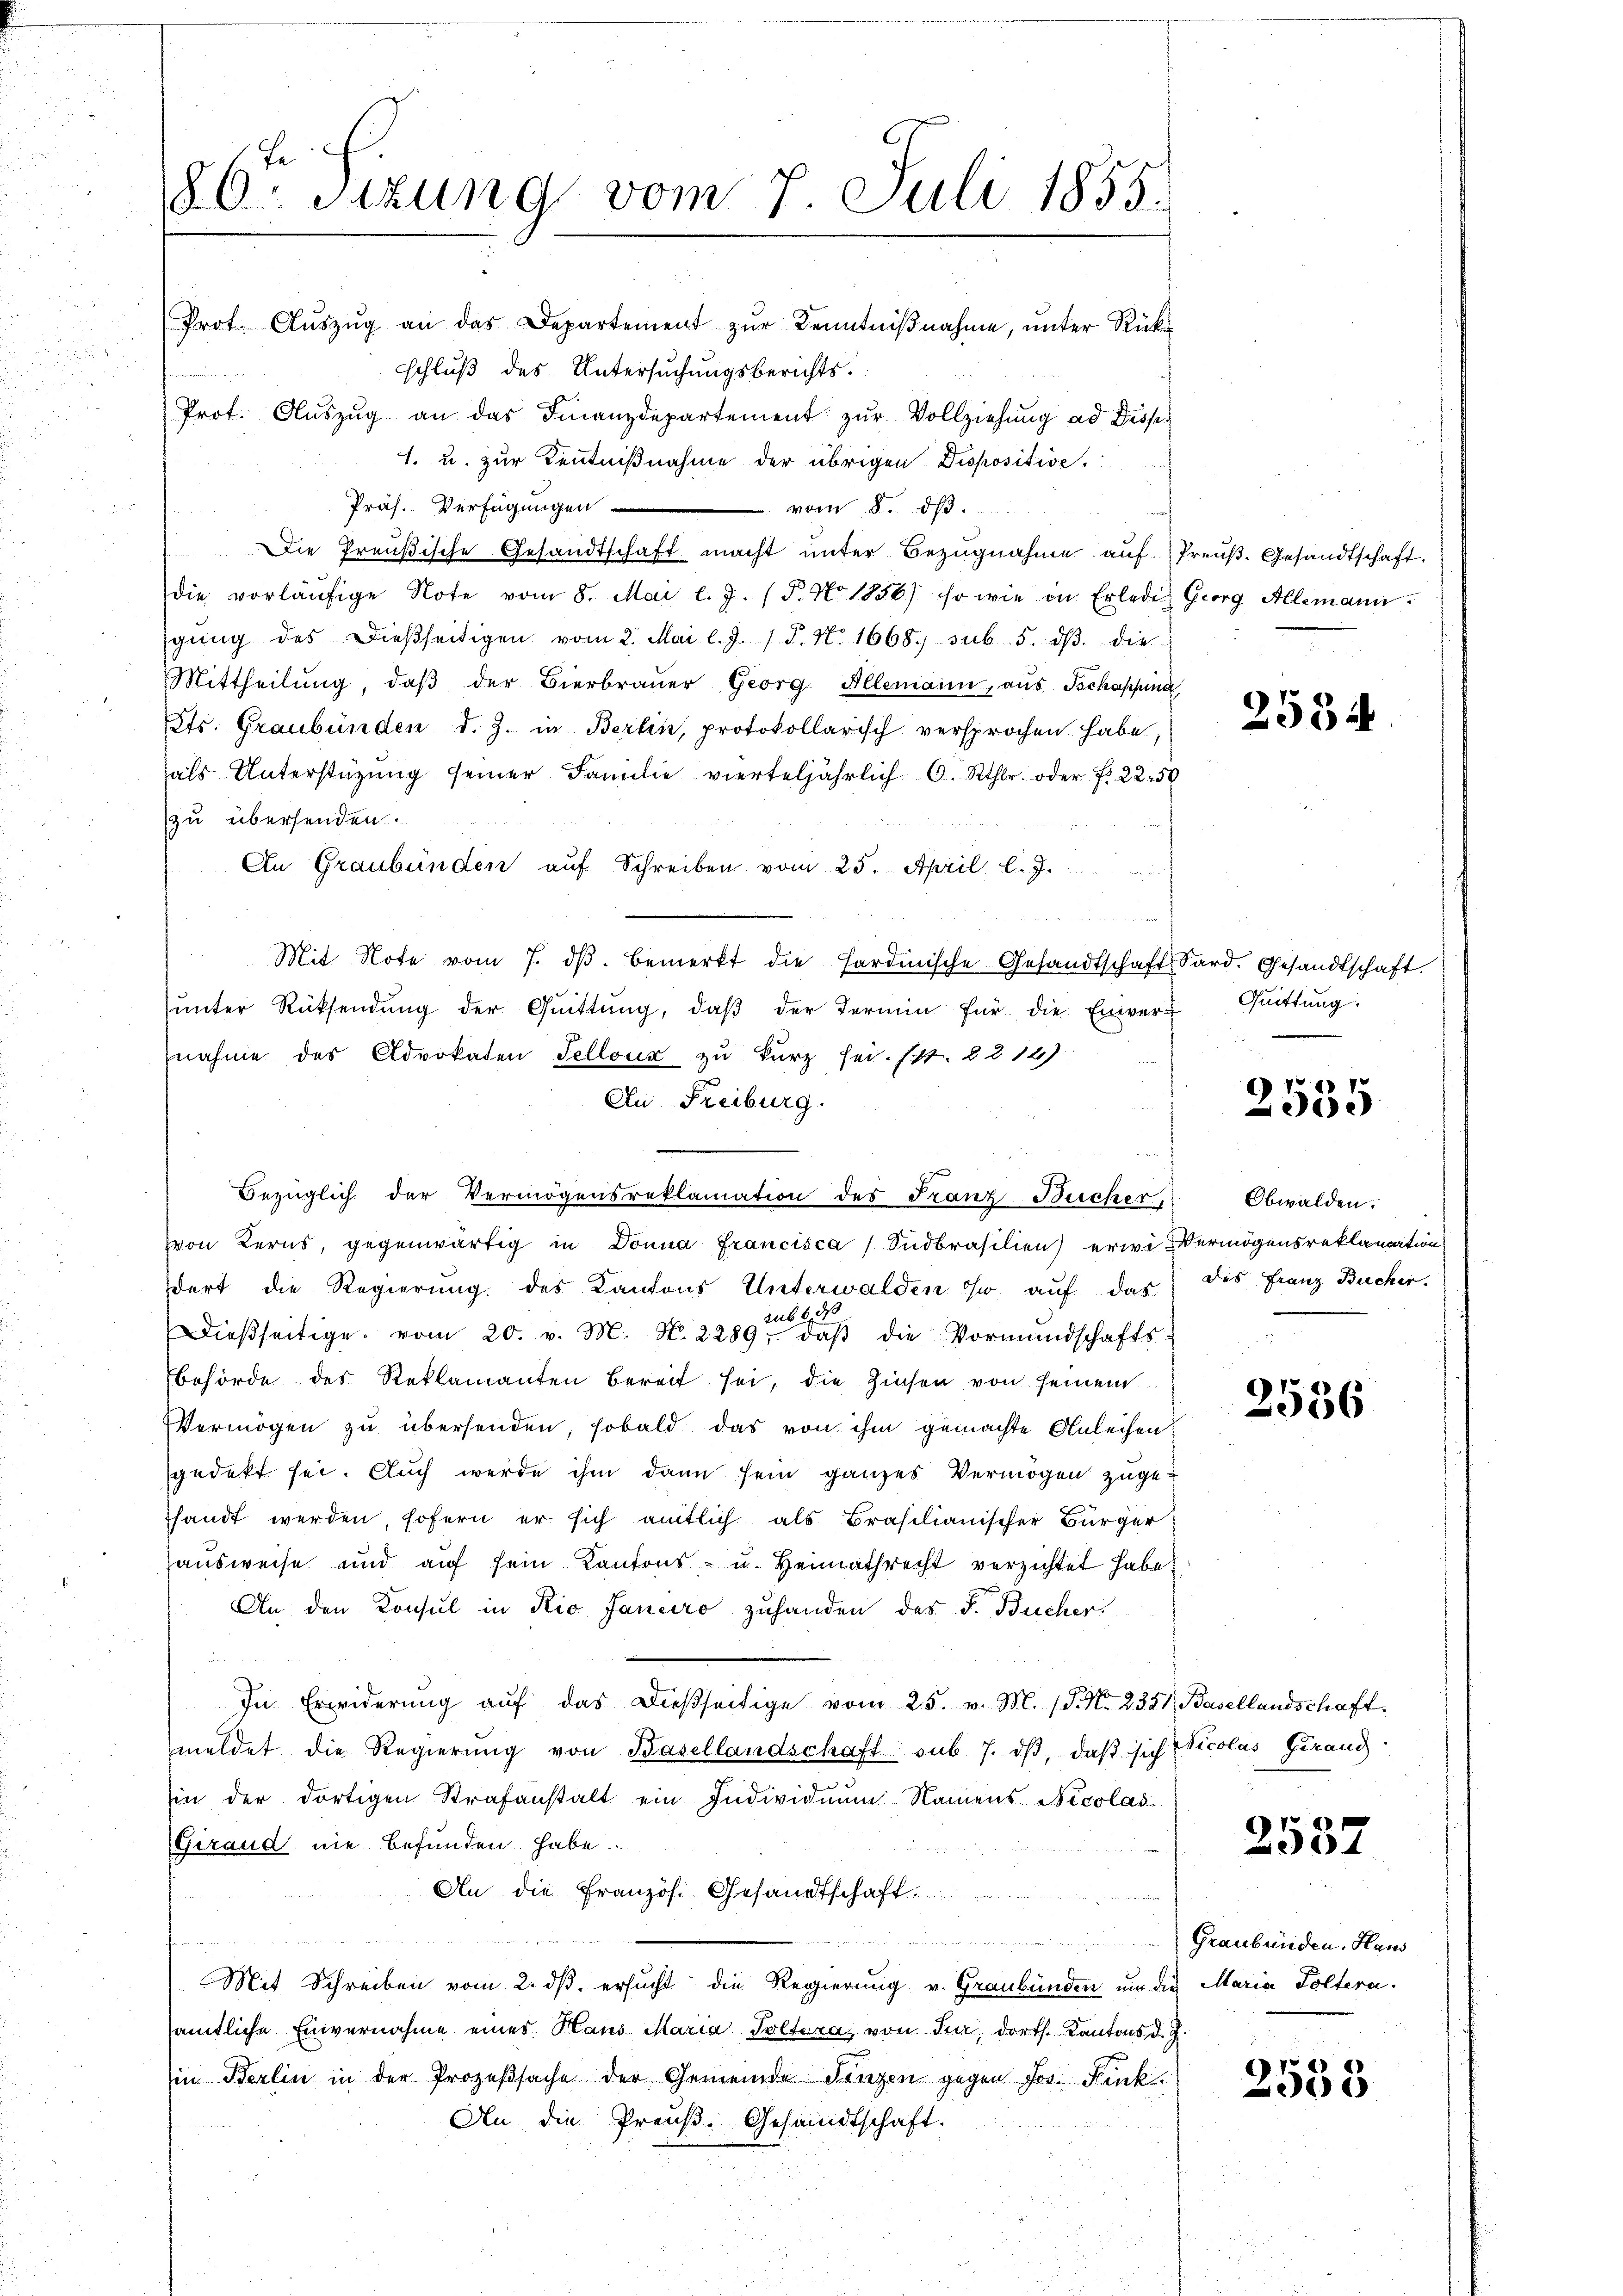
1. u. zur Kenntnißnahme der übrigen Dispositive¬
Präs. Verfügungen
vom 8. dβ.
Die Preußische Gesandtschaft macht unter Bezugnahme auf Preuß. Gesandtschaft.
die vorläŭfige Note vom 8. Mai l. J. (T. No 1856.) Er wie in Erledig Georg Allemann.
gŭng des dießseitigen vom 2. Mai l. J. / P. Nr. 1668, sub 5. dβ die
Mittheilŭng, daβ der Bierbraŭer Georg Allemann, aŭs Tschappina
ts. Graubünden d. J. in Berlin, protokollarisch versprochen habe,
als Unterstützŭng seiner Familie vierteljährlich C. Rthlr. oder f. 2250
zu übersenden.
An Graubünden auf Schreiben vom 25. April l. J.
u
Mit Note vom 7. dβ bemerkt die Hardinische Gesandtschaft Sard. Gesandtschaft.
ŭnter Rücksendŭng der Gŭittŭng, daβ der Termin für die Einver- Quittung,
nahme des Advokaten Fellona zu kurz sei. (lt. d. 218):
Bezüglich der Vermögensreklamation des Franz-Bücher, Obwalden:
von Kerns, gegenwärtig in Donna Francisca Südbrasilien) erwe-Vermögensreklamation
dort die Regierung des Kantons Unterwalden ihr auf das
aub be
Dieβseitige vom 20. v. M. N. 2289, daβ die Vormundschafts-
behörde des Reklamanten bereit sei, die Zinsen von seinem
Vermögen zu übersenden, sobald das von ihm gemachte Anleihen
sgedekt sei. Auch werde ihm dann sein ganzes Vermögen zugehandt werden, sofern er sich amtlich als Brasilianischer Bürger
ausweise und aŭf sein Kantons- u. Heimathrecht verzichtet habe.
An den Konsul in Rio Januro zuhanden des F. Bücher
In Erwiderŭng aŭf das dießseitige vom 25. v. M. (T. N. 2381, Basellandschaft,
meldet die Regierŭng von Basellandschaft sub. 7. dβ, daβ sich Nicolas Gerand
in der dortigen Strafanstalt ein Individuum Namens Nicolas
(Giraud nie befunden habe.
An die Französ. Gesandtschaft.
n vermachte mit einenden de
e
Mit Schreiben vom 2. dβ ersŭcht die Regierung v. Graubünden um die Maria Poltera
samtliche Einvernahme eines Haus Maria Poltera von Jur, dorth. Kantons d. J.
in Berlin in der Prozeβsache der Gemeinde Fingen gegen Jos. Fink,
An die Preuß. Gesandtschaft.

86. Sitzung vom 7. Juli 1855.
Prot. Aŭszŭg an das Departement zŭr Kenntniβnahme, ŭnter Rück
schluß des Untersuchungsberichts¬
Prot. Auszug an das Finanzdepartement zur Vollziehung ad Disp

Au Freiburg.

2554

2555

des Franz Bucher.

2536

2557

Graubünden. Haus

2553